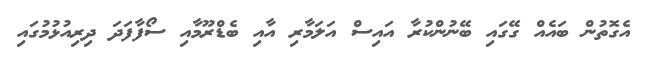
އެގޮތުން ބައެއް ގޭގައި ބޭނުންކުރާ އައިސް އަލަމާރި އާއި ބެޑްރޫމާއި ސޯފާފަދަ ދިރިއުޅުމުގައި